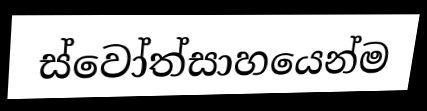
ස්වෝත්සාහයෙන්ම